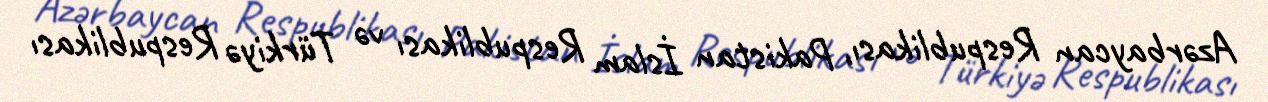
Azərbaycan Respublikası, Pakistan İslam Respublikası və Türkiyə Respublikası